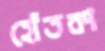
হোঁতকা